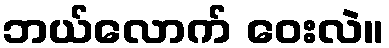
ဘယ်လောက် ဝေးလဲ။